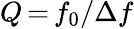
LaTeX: Q\, {=}\, f_{0}/\Delta f